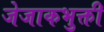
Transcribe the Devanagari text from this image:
जेजाकभुक्ती